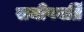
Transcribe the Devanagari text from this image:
समीपवर्ति